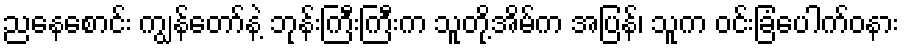
ညနေစောင်း ကျွန်တော်နဲ့ ဘုန်းကြီးကြီးက သူတို့အိမ်က အပြန်၊ သူက ဝင်းခြံပေါက်ဝနား